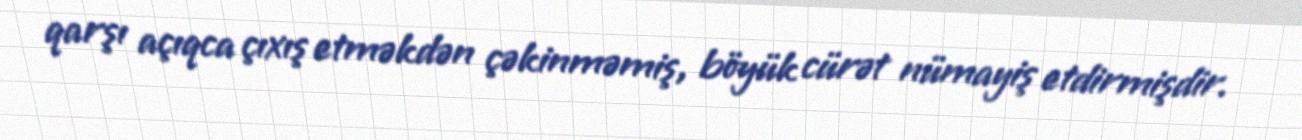
qarşı açıqca çıxış etməkdən çəkinməmiş, böyük cürət nümayiş etdirmişdir.